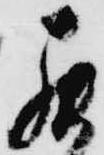
罷